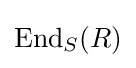
\operatorname {End} _{S}(R)